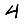
Digit: 4